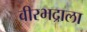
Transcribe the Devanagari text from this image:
वीरभद्राला